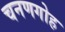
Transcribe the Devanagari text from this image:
चनणगोह